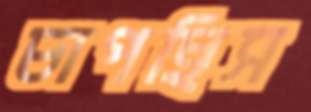
চাপছিস